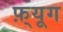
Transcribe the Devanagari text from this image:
फ़्यूग